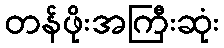
တန်ဖိုးအကြီးဆုံး